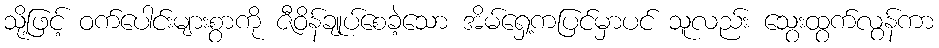
သို့ဖြင့် ဝက်ပေါင်းများစွာကို ဇီဝိန်ချုပ်စေခဲ့သော အိမ်ရှေ့ကပြင်မှာပင် သူလည်း သွေးထွက်လွန်ကာ